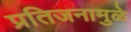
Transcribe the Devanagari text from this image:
प्रतिजनामुळे